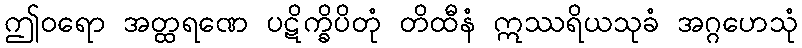
ဤဝရော အတ္ထရဏေ ပဋိက္ခိပိတုံ တိထီနံ ဣဿရိယသုခံ အဂ္ဂဟေသုံ